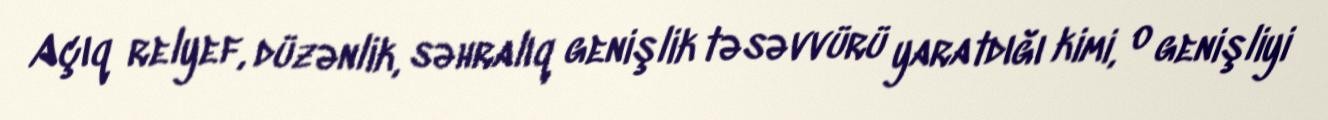
Açıq relyef, düzənlik, səhralıq genişlik təsəvvürü yaratdığı kimi, o genişliyi